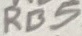
Text: RB5